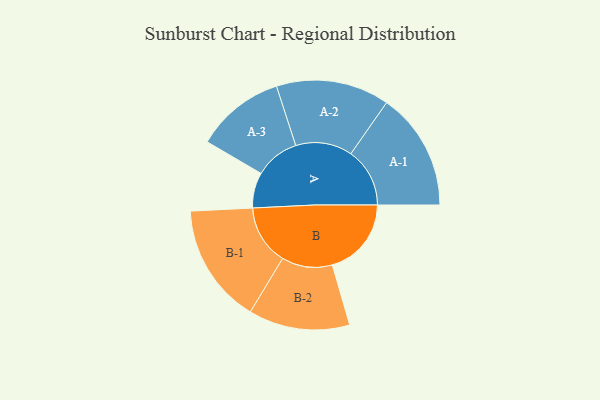
{"axis": {"x": "Segment", "y": "Value"}, "legend": ["", "A", "B"], "data": [{"x": "A", "y": 171, "type": ""}, {"x": "B", "y": 381, "type": ""}, {"x": "A-1", "y": 284, "type": "A"}, {"x": "A-2", "y": 273, "type": "A"}, {"x": "A-3", "y": 215, "type": "A"}, {"x": "B-1", "y": 289, "type": "B"}, {"x": "B-2", "y": 244, "type": "B"}]}